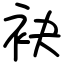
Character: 袂